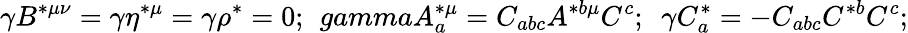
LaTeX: \gamma B^{*\mu\nu}=\gamma\eta^{*\mu}=\gamma\rho^{*}=0;\ \, gammaA_{a}^{*\mu}=C_{abc}A^{*b\mu}C^{c};\ \ \gamma C_{a}^{*}=-C_{abc}C^{*b}C^{c};